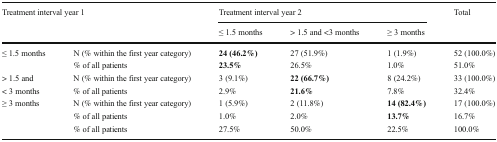
| <ROWSPAN=2-COLSPAN=2> Treatment interval year 1 | <COLSPAN=3> Treatment interval year 2 | <ROWSPAN=2> Total |
 | ≤ 1.5 months | > 1.5 and <3 months | ≥ 3 months |
 | --- | --- | --- | --- | --- | --- |
 | <ROWSPAN=2> ≤ 1.5 months | N (% within the first year category) | 24 (46.2%) | 27 (51.9%) | 1 (1.9%) | 52 (100.0%) |
 | % of all patients | 23.5% | 26.5% | 1.0% | 51.0% |
 | > 1.5 and | N (% within the first year category) | 3 (9.1%) | 22 (66.7%) | 8 (24.2%) | 33 (100.0%) |
 | < 3 months | % of all patients | 2.9% | 21.6% | 7.8% | 32.4% |
 | <ROWSPAN=3> ≥ 3 months | N (% within the first year category) | 1 (5.9%) | 2 (11.8%) | 14 (82.4%) | 17 (100.0%) |
 | % of all patients | 1.0% | 2.0% | 13.7% | 16.7% |
 | % of all patients | 27.5% | 50.0% | 22.5% | 100.0% |